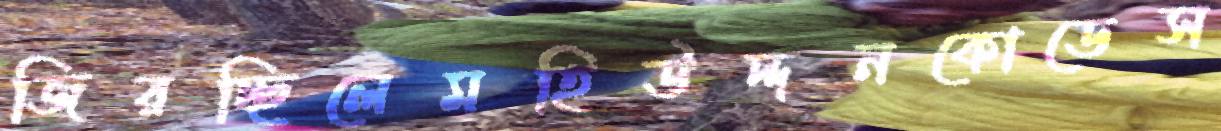
জিরচ্ছিলেমহিউদ্দনকোডেস